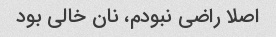
اصلا راضی نبودم، نان خالی بود